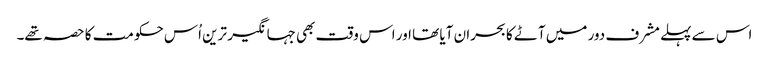
اس سے پہلے مشرف دور میں آٹے کا بحران آیا تھا اور اس وقت بھی جہانگیر ترین اُس حکومت کا حصہ تھے۔